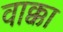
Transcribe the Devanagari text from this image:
वाक्का